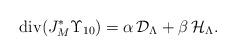
LaTeX: \begin{align*}{\rm div}(J_{M}^{*}\Upsilon_{10})=\alpha\,{\mathcal D}_{\Lambda}+\beta\,{\mathcal H}_{\Lambda}.\end{align*}